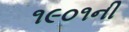
૧૯૦૧ની